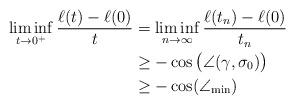
LaTeX: \begin{align*} \liminf_{t\to 0^+} \frac{\ell(t) - \ell(0)}{t} & = \liminf_{n\to\infty} \frac{\ell(t_n) - \ell(0)}{t_n} \\ & \geq - \cos \big( \angle(\gamma,\sigma_0)\big) \\ & \geq -\cos(\angle_{\min}) \end{align*}